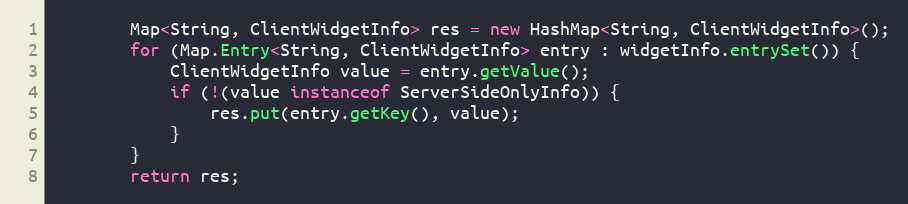
Language: Java
		Map<String, ClientWidgetInfo> res = new HashMap<String, ClientWidgetInfo>();
		for (Map.Entry<String, ClientWidgetInfo> entry : widgetInfo.entrySet()) {
			ClientWidgetInfo value = entry.getValue();
			if (!(value instanceof ServerSideOnlyInfo)) {
				res.put(entry.getKey(), value);
			}
		}
		return res;